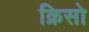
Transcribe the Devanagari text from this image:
क्रिसो